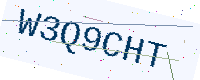
Text: W3Q9CHT